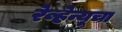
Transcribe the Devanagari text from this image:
रेव्हेन्यूचा